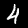
Label: 4